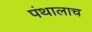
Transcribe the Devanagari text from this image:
पंथालाच